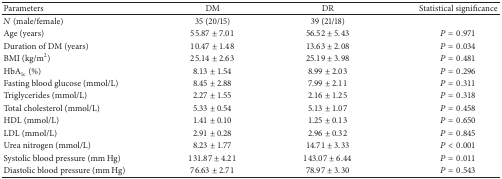
| Parameters | DM | DR | Statistical significance |
 | --- | --- | --- | --- |
 | N (male/female) | 35 (20/15) | 39 (21/18) |  |
 | Age (years) | 55.87 ± 7.01 | 56.52 ± 5.43 | P = 0.971 |
 | Duration of DM (years) | 10.47 ± 1.48 | 13.63 ± 2.08 | P = 0.034 |
 | BMI (kg/m2) | 25.14 ± 2.63 | 25.19 ± 3.98 | P = 0.481 |
 | HbA1c (%) | 8.13 ± 1.54 | 8.99 ± 2.03 | P = 0.296 |
 | Fasting blood glucose (mmol/L) | 8.45 ± 2.88 | 7.99 ± 2.11 | P = 0.311 |
 | Triglycerides (mmol/L) | 2.27 ± 1.55 | 2.16 ± 1.25 | P = 0.318 |
 | Total cholesterol (mmol/L) | 5.33 ± 0.54 | 5.13 ± 1.07 | P = 0.458 |
 | HDL (mmol/L) | 1.41 ± 0.10 | 1.25 ± 0.13 | P = 0.650 |
 | LDL (mmol/L) | 2.91 ± 0.28 | 2.96 ± 0.32 | P = 0.845 |
 | Urea nitrogen (mmol/L) | 8.23 ± 1.77 | 14.71 ± 3.33 | P < 0.001 |
 | Systolic blood pressure (mm Hg) | 131.87 ± 4.21 | 143.07 ± 6.44 | P = 0.011 |
 | Diastolic blood pressure (mm Hg) | 76.63 ± 2.71 | 78.97 ± 3.30 | P = 0.543 |